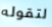
لتقوله